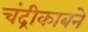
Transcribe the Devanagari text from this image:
चंद्रीकाबने